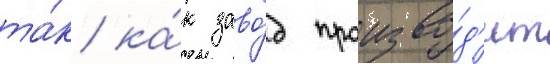
та́к ка́к заво́д произво́д'ит